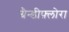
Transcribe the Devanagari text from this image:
ग्रैन्डीफ़्लोरा